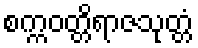
စက္ကဝတ္တိရာဇသုတ္တံ